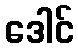
ဒေါင်